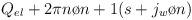
LaTeX: \begin{align*}Q_{el} + {{2\pi n}\o {n+1}} (s+{{j_{w}}\o n})\end{align*}